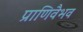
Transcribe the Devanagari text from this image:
प्राणिवैभव